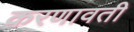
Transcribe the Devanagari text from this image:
करणावती